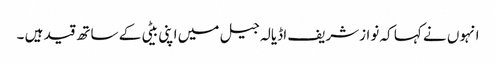
انہوں نے کہا کہ نوازشریف اڈیالہ جیل میں اپنی بیٹی کے ساتھ قید ہیں ۔